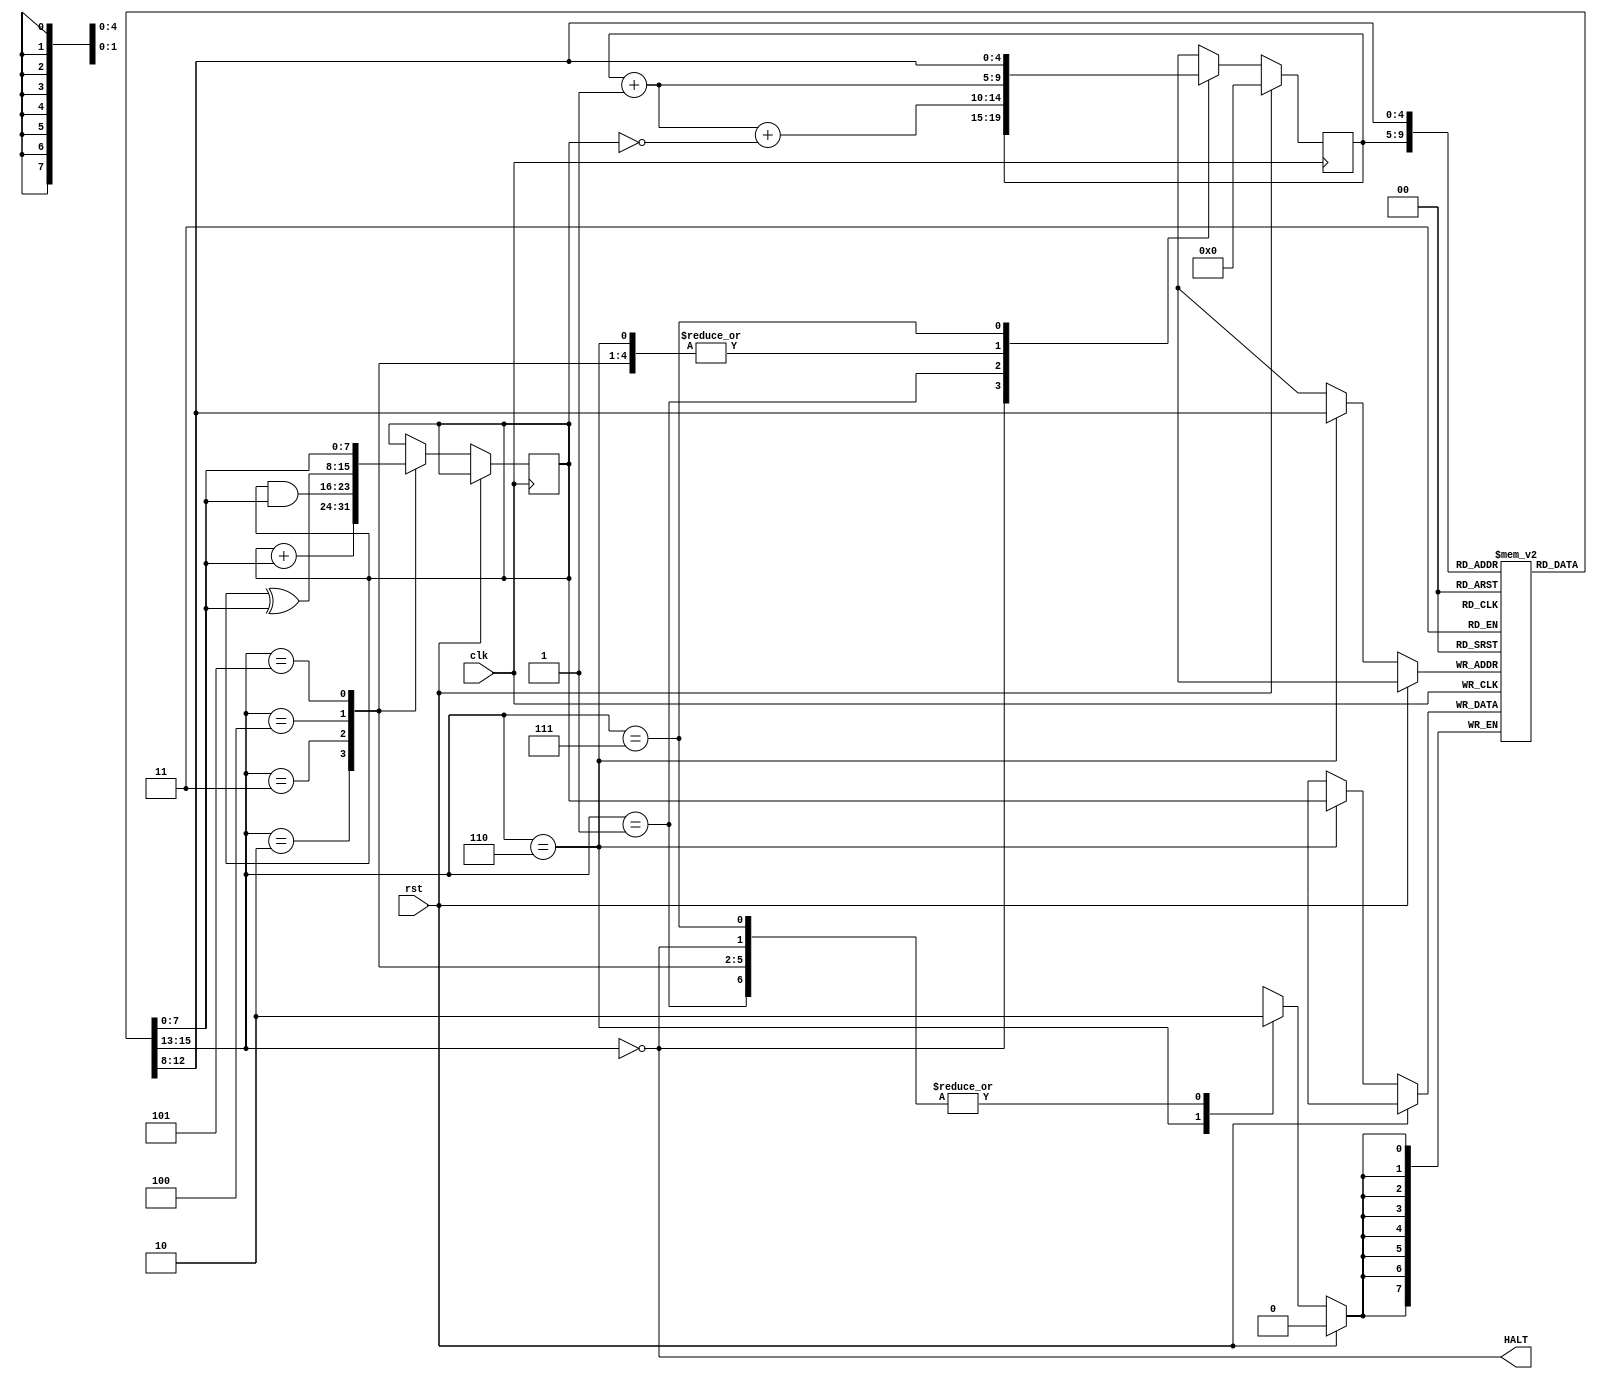
module CPU(
  input  clk,
  input  rst,
  output HALT
);
  
  reg [4:0] pc; // Program Counter
  reg [7:0] ac; // Accumulator
  
  reg [7:0] mem [0:31]; // Memory
  
  wire [7:0] instr = mem[pc]; // Instruction
  wire [2:0] opcode = instr[7:5]; // Opcode
  wire [4:0] operand = instr[4:0]; 
  wire [7:0] rvalue = mem[operand];
  
 
  always @ (posedge clk)
    if (rst)
      pc <= 0;
    else
      begin
        case(opcode)
          3'b000 : begin
             pc <= pc; // HALT : HLT Instruction
          end
          
          3'b001 : begin
            pc <= pc + 1 + (!ac); // Skip if zero : SKZ
          end 
          
          3'b010 : begin
            ac <= ac + rvalue; // Addition : ADD
            pc <= pc + 1;
          end 
          
          3'b011 : begin
             ac <= ac & rvalue; // And Operation : AND
             pc <= pc + 1;
          end
          
          3'b100 : begin
             ac <= ac ^ rvalue; // XOR Operation : XOR
             pc <= pc + 1; 
          end
          
          3'b101 : begin
             ac <= rvalue; // Load Accumulator : LDA
             pc <= pc + 1;
          end
          
          3'b110 : begin
            mem[operand] <= ac; // Store  : STO
            pc <= pc + 1;
          end
          
          3'b111 : begin
             pc <= operand; // JMP Instruction
          end
        endcase
      end
    assign HALT = opcode == 0;
endmodule